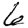
Digit: 6